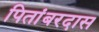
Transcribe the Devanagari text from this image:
पितांबरदास